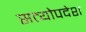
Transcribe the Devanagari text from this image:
सत्योपदेश